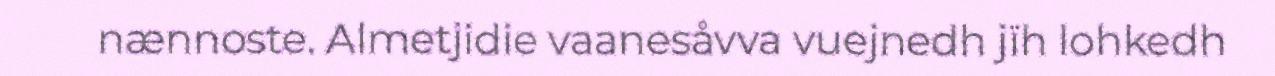
nænnoste. Almetjidie vaanesåvva vuejnedh jïh lohkedh